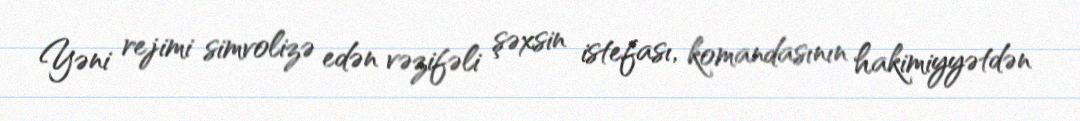
Yəni rejimi simvolizə edən vəzifəli şəxsin istefası, komandasının hakimiyyətdən